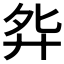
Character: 𫸘